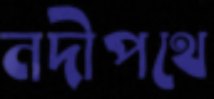
নদীপথে